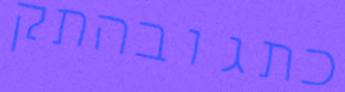
כתגובהתק